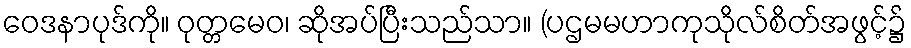
ဝေဒနာပုဒ်ကို။ ဝုတ္တမေဝ၊ ဆိုအပ်ပြီးသည်သာ။ (ပဌမမဟာကုသိုလ်စိတ်အဖွင့်၌